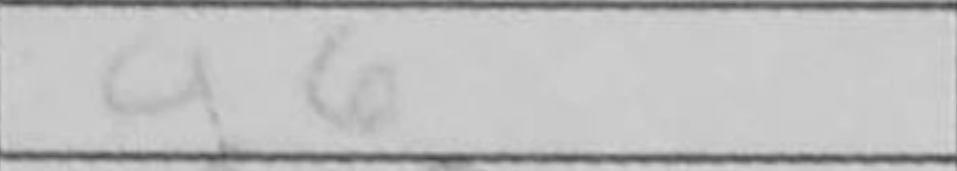
Transcription: g6